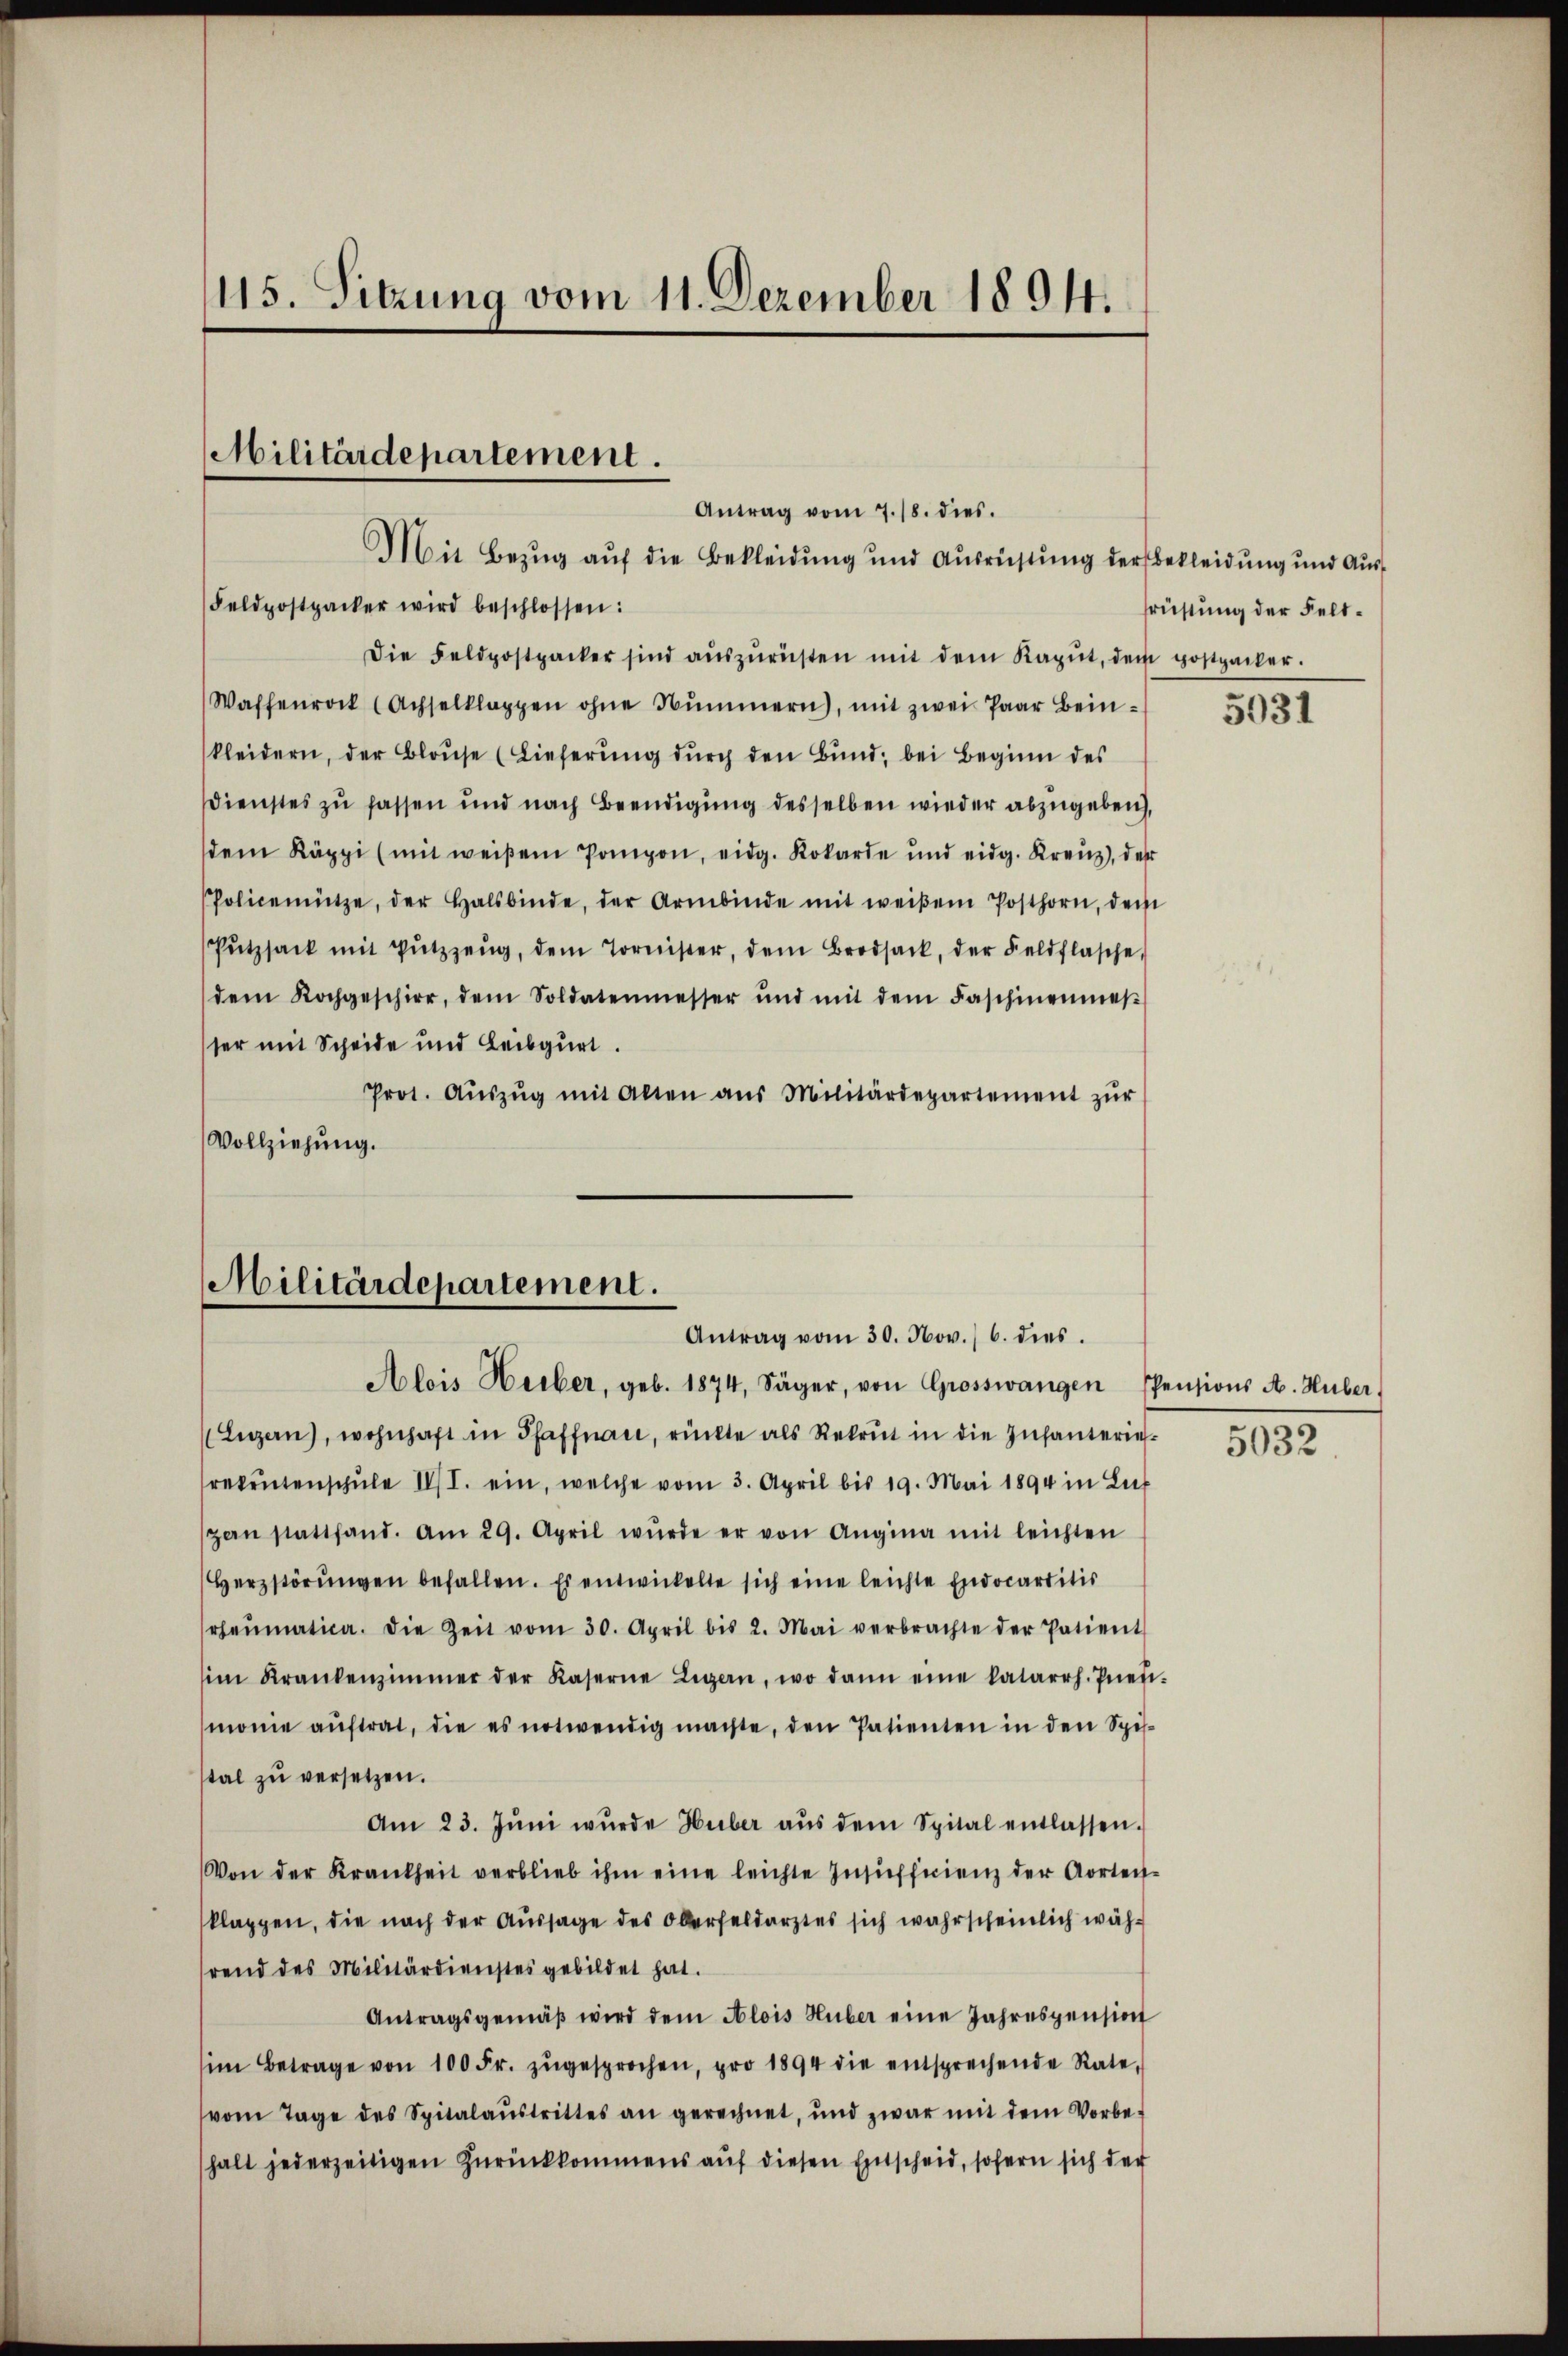
115. Sitzung vom 11. Dezember 1894.

Militärdepartement.
Antrag vom 7./8. dies

Mit Bezug auf die Bekleidung und Ausrüstung der Bekleidung und Aus¬
Feldpostpacker wird beschlossen:
Die Feldpostpacker sind aŭszŭrüsten mit dem Kapŭt, dem postpacker.
Waffenrock (Achselklappen ohne Nummern), mit zwei Paar Beinkleidern, der Blaŭse (Lieferŭng dŭrch den Bŭnd; bei Beginn des
Dienstes zu fassen und nach Beendigung desselben wieder abzugeben,
dem Käppi (mit weißem Pompon, eidg. Kokarde und eidg. Kreuz, des
Policemütze, der Halsbinde, der Armbinde mit weißem Posthorn, dem
Pŭtzsack mit Pŭtzzeŭg, dem Tornister, dem Brodsack, der Feldflasche,
dem Kochgeschirr, dem Soldatenmesser und mit dem Faschinenmes
ser mit Scheide und Leibgurt.
Prot. Aŭszŭg mit Alten aus Militärdepartement zŭr
Vollziehung.

Militärdepartement.
Antrag vom 30. Nov. 6. dies

Alois Herber, geb. 1874, Säger, von Grosswangen Pensions A. Huber,
Legen, wohnhaft in Pfaffnau, rückte als Rekrut in die Infanterierekentenschŭle III. ein, welche vom 3. April bis 19. Mai 1894 in Luf
zan stattfand. Am 29. April wurde er von Angina mit leichten
Herzstörŭngen befallen. Es entwickelte sich eine leichte Exdocartitio
rheumatica. Die Zeit vom 30. April bis 2. Mai verbrachte der Patient
im Krankenzimmer der Kaserne Legen, wo dann eine katarrh. Predi-
monie aŭftrat, die es notwendig machte, den Patienten in den Spis-
tal zŭ versetzen.
Am 23. Jŭni wŭrde Huber aŭs dem Spital entlassen.
Von der Krankheit verblieb ihm eine leichte Insufficienz der Aorteiklappen, die nach der Aŭssage des Oberfeldarztes sich wahrscheinlich während des Militärdienstes gebildet hat.
Antragsgemäβ wird dem Alois Huber eine Jahrespension
im Betrage von 100 Fr. zŭgesprochen, pro 1894 die entsprechende Rate,
(vom Tage des Spitalaŭstrittes an gerechnet, und zwar mit dem Vorbe-
halt jederzeitigen Zŭrückkommens aŭf diesen Entscheid, sofern sich der

früstung der Felt¬

5031

5032